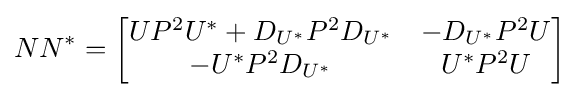
NN^{*}={\begin{bmatrix}UP^{2}U^{*}+D_{U^{*}}P^{2}D_{U^{*}}&-D_{U^{*}}P^{2}U\\-U^{*}P^{2}D_{U^{*}}&U^{*}P^{2}U\end{bmatrix}}